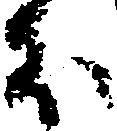
ほ